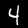
Label: 4